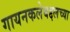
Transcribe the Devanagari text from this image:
गायनकलेबद्दलच्या